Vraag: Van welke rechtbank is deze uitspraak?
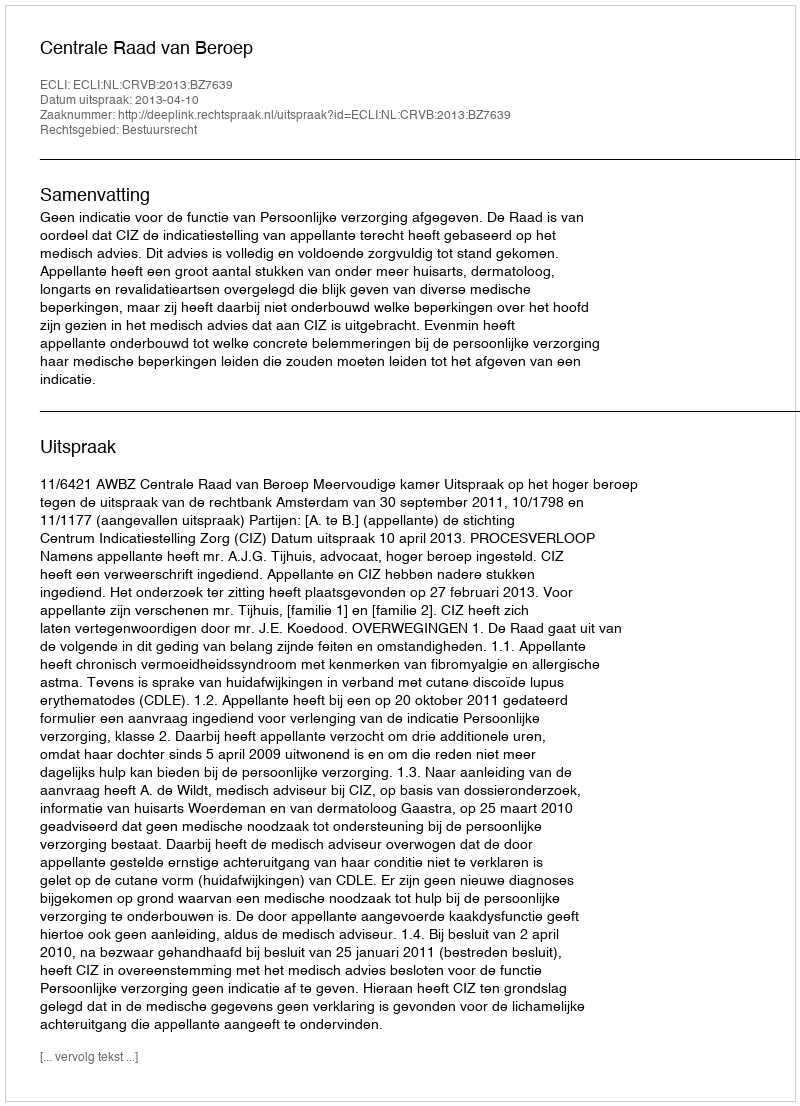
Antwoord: Centrale Raad van Beroep